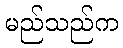
မည်သည်က